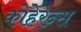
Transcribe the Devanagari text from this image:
कोहेरेन्स